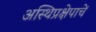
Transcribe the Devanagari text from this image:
अस्थिप्रक्षेपाचें